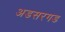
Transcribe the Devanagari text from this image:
अडसरगड